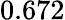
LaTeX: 0.672